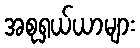
အစုရှယ်ယာများ